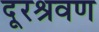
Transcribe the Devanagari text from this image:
दूरश्रवण